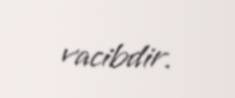
vacibdir.